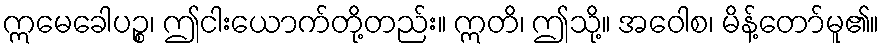
ဣမေခေါပဉ္စ၊ ဤငါးယောက်တို့တည်း။ ဣတိ၊ ဤသို့။ အဝေါစ၊ မိန့်တော်မူ၏။